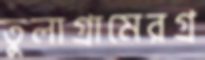
তুলাগ্রামেরগ্র